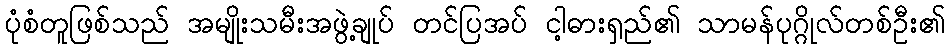
ပုံစံတူဖြစ်သည် အမျိုးသမီးအဖွဲ့ချုပ် တင်ပြအပ် ငါ့ဓားရှည်၏ သာမန်ပုဂ္ဂိုလ်တစ်ဦး၏